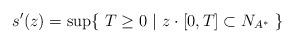
LaTeX: \begin{align*} s'(z) = \sup \{ \ T \geq 0 \ | \ z \cdot [0, T] \subset N_{A^*} \ \}\end{align*}